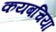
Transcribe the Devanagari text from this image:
कयबचिया